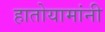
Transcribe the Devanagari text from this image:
हातोयामांनी